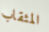
المثقاب